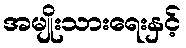
အမျိုးသားရေးနှင့်